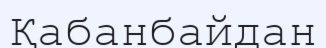
Қабанбайдан